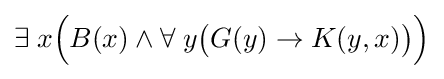
\exists \;x{\Big (}B(x)\land \forall \;y{\big (}G(y)\rightarrow K(y,x){\big )}{\Big )}